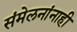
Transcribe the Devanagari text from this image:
संमेलनांनाही